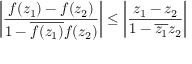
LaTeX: \left| { \frac { f ( z _ { 1 } ) - f ( z _ { 2 } ) } { 1 - { \overline { { f ( z _ { 1 } ) } } } f ( z _ { 2 } ) } } \right| \leq \left| { \frac { z _ { 1 } - z _ { 2 } } { 1 - { \overline { { z _ { 1 } } } } z _ { 2 } } } \right|